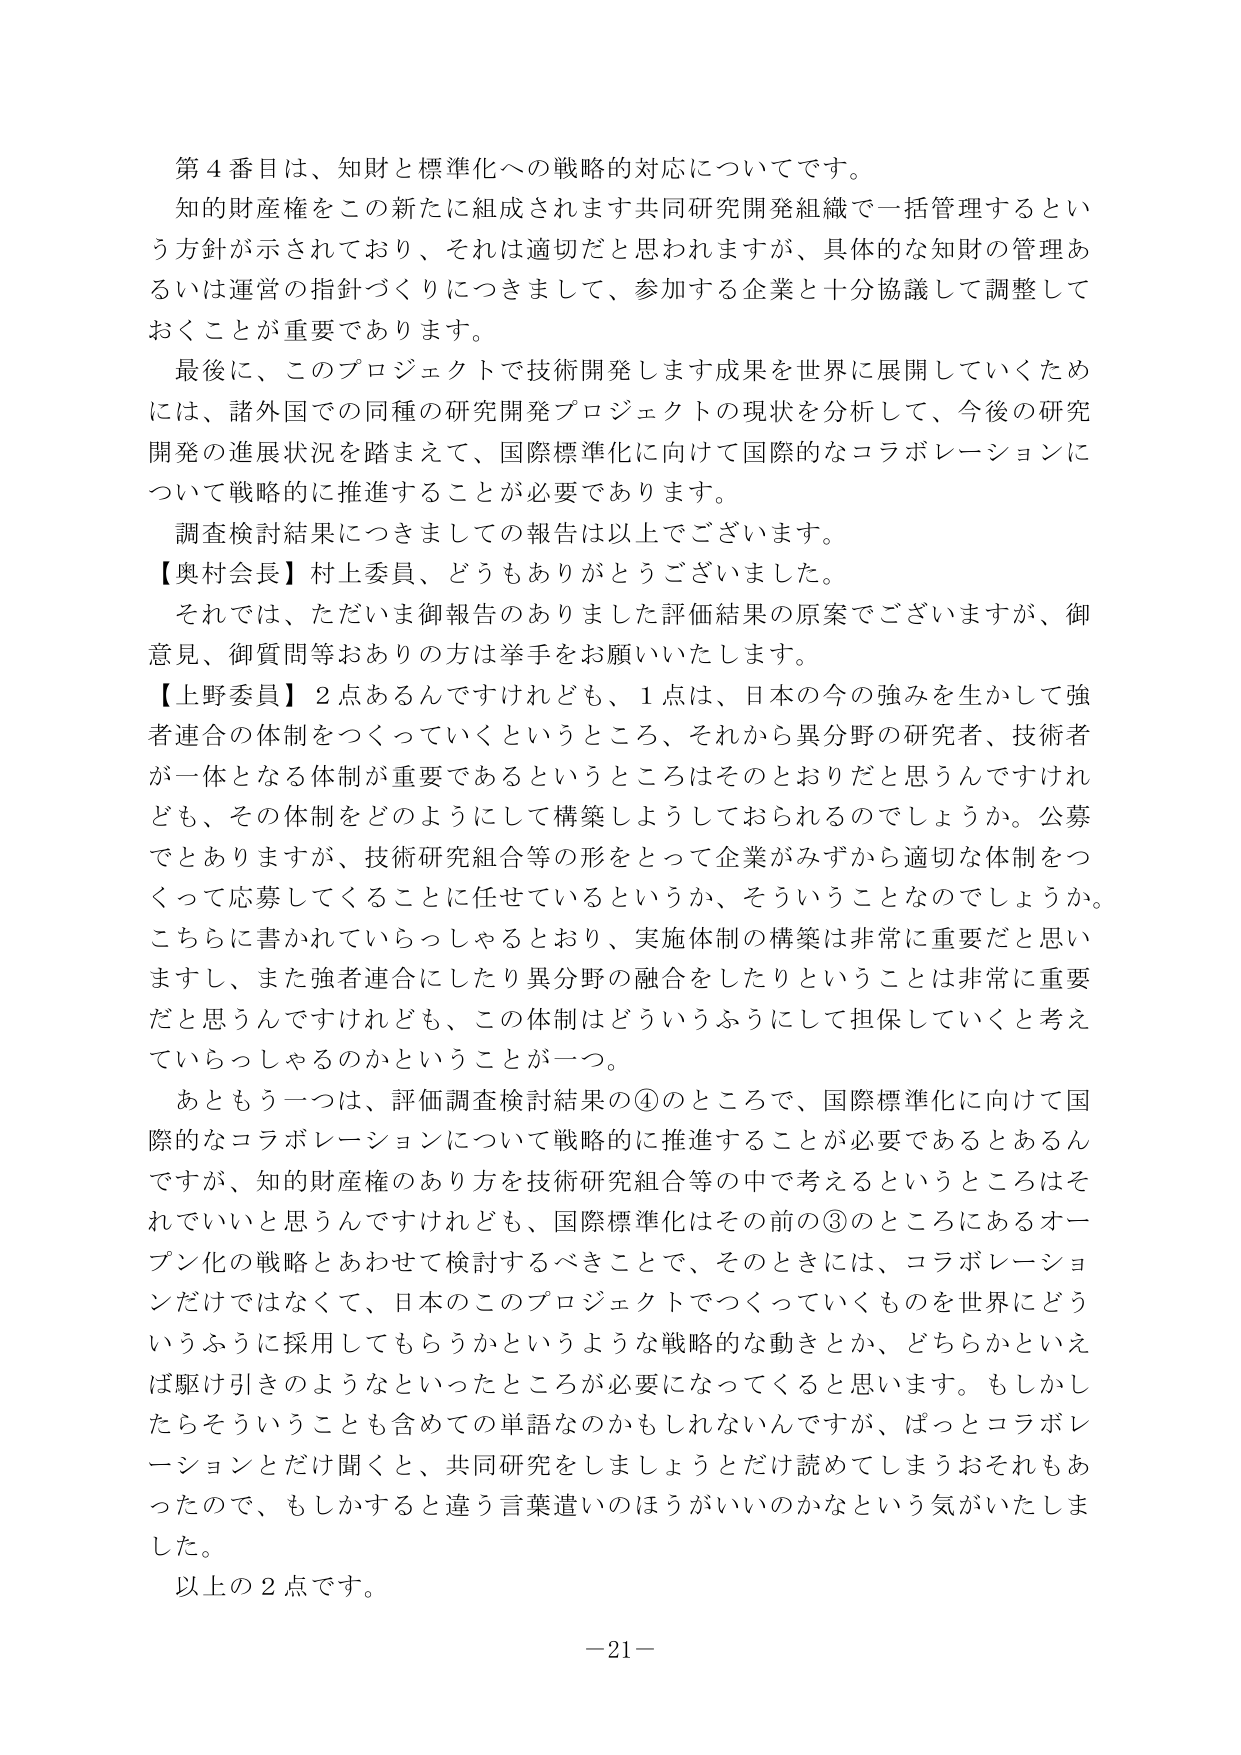
第４番目は、知財と標準化への戦略的対応についてです。
知的財産権をこの新たに組成されます共同研究開発組織で一括管理するという方針が示されており、それは適切だと思われますが、具体的な知財の管理あるいは運営の指針づくりにつきまして、参加する企業と十分協議して調整しておくことが重要であります。
最後に、このプロジェクトで技術開発します成果を世界に展開していくためには、諸外国での同種の研究開発プロジェクトの現状を分析して、今後の研究開発の進展状況を踏まえて、国際標準化に向けて国際的なコラボレーションについて戦略的に推進することが必要であります。
調査検討結果につきましての報告は以上でございます。
【奥村会長】村上委員、どうもありがとうございました。
それでは、ただいま御報告ありました評価結果の原案でございますが、御意見、御質問等おありの方は挙手をお願いいたします。
【上野委員】２点あるんですけれども、１点は、日本の今の強みを生かして強者連合の体制をつくっていくというところ、それから異分野の研究者、技術者が一体となる体制が重要であるというところはそのとおりだと思うんですけれども、その体制をどのようにして構築しようとしておられるのでしょうか。公募でとありますが、技術研究組合等の形をとって企業がみずから適切な体制をつくって応募してくることに任せているというか、そういうことなのでしょうか。こちらに書かれていらっしゃるとおり、実施体制の構築は非常に重要だと思いますし、また強者連合にしたり異分野の融合をしたりということは非常に重要だと思うんですけれども、この体制はどういうふうにして担保していくと考えていらっしゃるのかということが一つ。
あともう一つは、評価調査検討結果の④のところで、国際標準化に向けて国際的なコラボレーションについて戦略的に推進することが必要であるとあるんですが、知的財産権のあり方を技術研究組合等の中で考えるというところはそれでいいと思うんですけれども、国際標準化はその前の③のところにあるオープン化の戦略とあわせて検討するべきことで、そのときには、コラボレーションだけではなくて、日本のこのプロジェクトでつくっていくものを世界にどういうふうに採用してもらうかというような戦略的な動きとか、どちらかといえば駆け引きのようなといったところが必要になってくると思います。もしかしたらそういうことも含めての単語なのかもしれませんが、ぱっとコラボレーションとだけ聞くと、共同研究をしましょうとだけ読めてしまうおそれもあったので、もしかすると違う言葉遣いのほうがいいのかなという気がいたしました。
以上の２点です。
－21－